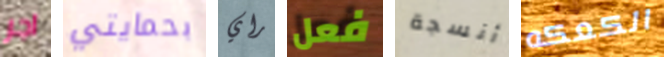
اجر بحمايتي راي فعل أنسجة الكعكه